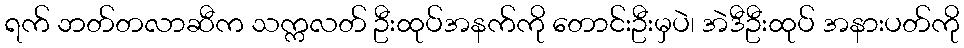
ရက် ဘတ်တလာဆီက သက္ကလတ် ဦးထုပ်အနက်ကို တောင်းဦးမှပဲ၊ အဲဒီဦးထုပ် အနားပတ်ကို